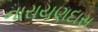
નારાયણદાસ